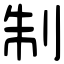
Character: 制